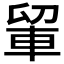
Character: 𮝉